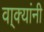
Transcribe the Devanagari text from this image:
वा्क्यांनी